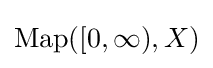
\operatorname {Map} ([0,\infty ),X)